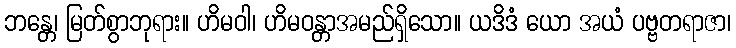
ဘန္တေ၊ မြတ်စွာဘုရား။ ဟိမဝါ၊ ဟိမဝန္တာအမည်ရှိသော။ ယဒိဒံ ယော အယံ ပဗ္ဗတရာဇာ၊